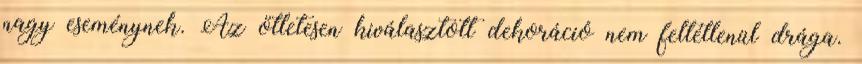
nagy eseménynek. Az ötletesen kiválasztott dekoráció nem feltétlenül drága.